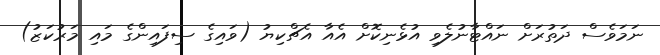
ނަމަވެސް ދަތުރަށް ނައްޓާނުލެވި އުޅެނިކޮށް އެއާ އެޗްކިޔު (ވައިގެ ސިފައިންގެ މައި މަރުކަޒު)